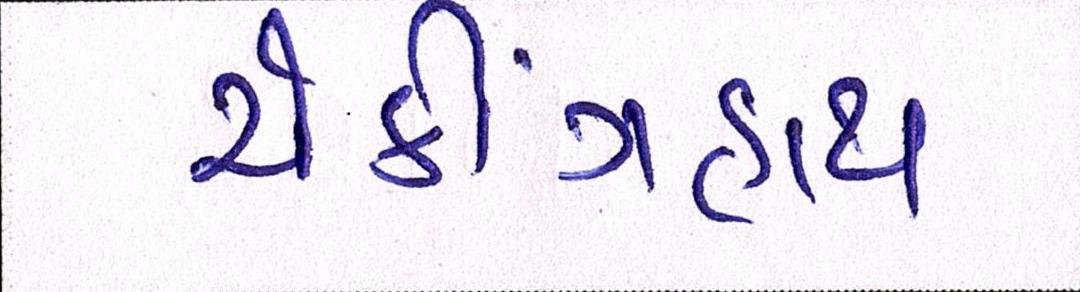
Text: ચેકીંગહાથ